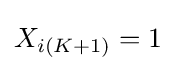
X_{i(K+1)}=1